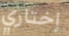
إختاري